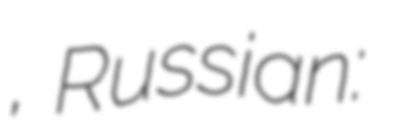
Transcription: Қосанов, Russian: Гусман Ситтыкович